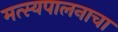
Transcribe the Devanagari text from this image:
मत्स्यपालनाचा